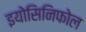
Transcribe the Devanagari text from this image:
इयोसिनिफोल